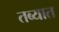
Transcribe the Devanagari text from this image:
तब्यात